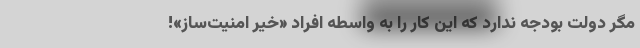
مگر دولت بودجه ندارد که این کار را به واسطه افراد «خیّر امنیت‌ساز»!